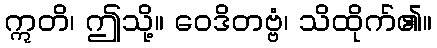
ဣတိ၊ ဤသို့။ ဝေဒိတဗ္ဗံ၊ သိထိုက်၏။